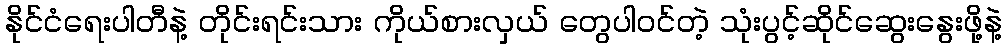
နိုင်ငံရေးပါတီနဲ့ တိုင်းရင်းသား ကိုယ်စားလှယ် တွေပါဝင်တဲ့ သုံးပွင့်ဆိုင်ဆွေးနွေးဖို့နဲ့